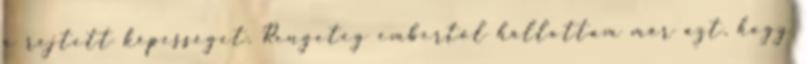
a rejtett képességet. Rengeteg embertől hallottam már azt, hogy